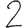
Digit: 2